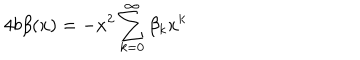
LaTeX: 4 b \beta ( x ) = - x ^ { 2 } \sum _ { k = 0 } ^ { \infty } \beta _ { k } x ^ { k }